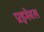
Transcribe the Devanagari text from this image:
प्राइमेवल